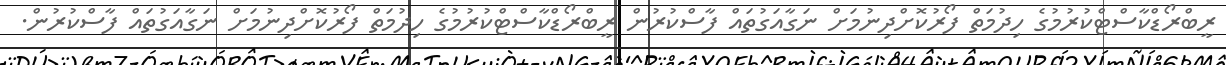
ރީބްރޯޑްކާސްޓްކުރުމުގެ ހިދުމަތް ފޯރުކޮށްދިނުމަށް ނަގާއަގުތައް ފާސްކުރުން ރީބްރޯޑްކާސްޓްކުރުމުގެ ހިދުމަތް ފޯރުކޮށްދިނުމަށް ނަގާއަގުތައް ފާސްކުރުން.